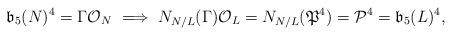
LaTeX: \begin{align*}\mathfrak{b}_{5}(N)^4=\Gamma\mathcal{O}_N\ \Longrightarrow\ N_{N/L}(\Gamma)\mathcal{O}_L=N_{N/L}(\mathfrak{P}^4)=\mathcal{P}^4=\mathfrak{b}_{5}(L)^4,\end{align*}